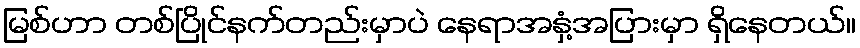
မြစ်ဟာ တစ်ပြိုင်နက်တည်းမှာပဲ နေရာအနှံ့အပြားမှာ ရှိနေတယ်။